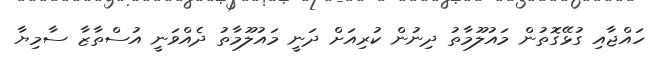
ހައްޖާއި ގުޅޭގޮތުން މައުލޫމާތު ދިނުން ކުރިއަށް ދަނީ މައުލޫމާތު ދެއްވަނީ އުސްތާޒާ ސާމިޔާ